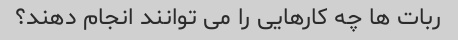
ربات ها چه کارهایی را می توانند انجام دهند؟